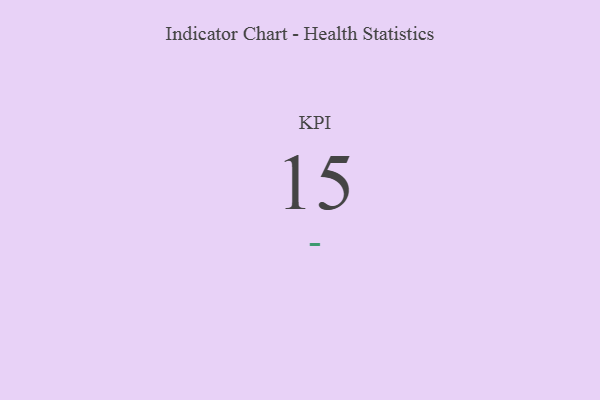
{"axis": {"x": "KPI", "y": "Value"}, "legend": [""], "data": [{"x": "KPI", "y": 15, "type": ""}]}